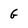
Character: G